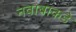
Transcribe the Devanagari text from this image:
नवाबाकडे